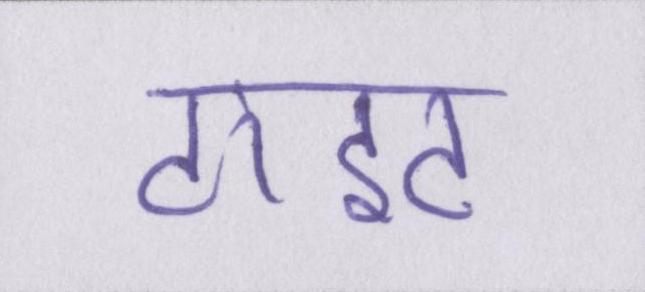
टाइट